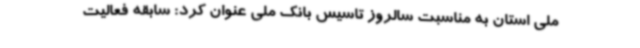
ملی استان به مناسبت سالروز تاسیس بانک ملی عنوان کرد: سابقه فعالیت